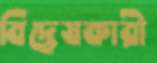
বিদ্বেষকারী